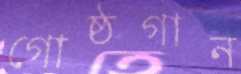
গোষ্ঠগান